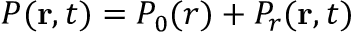
P ( \mathbf { r } , t ) = P _ { 0 } ( r ) + P _ { r } ( \mathbf { r } , t )